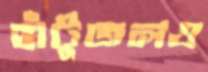
হাঁটুজলও